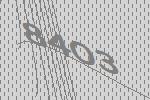
8403